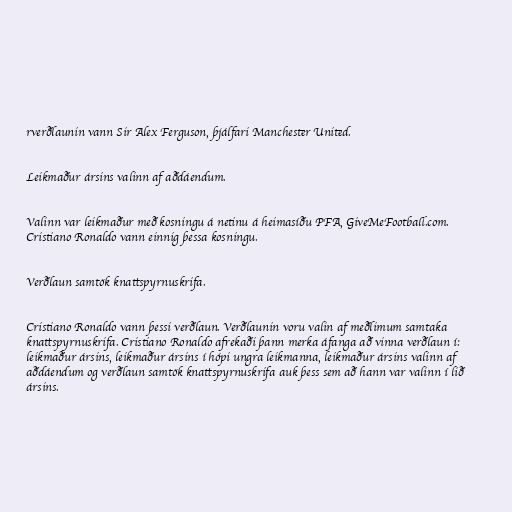
rverðlaunin vann Sir Alex Ferguson, þjálfari Manchester United.

Leikmaður ársins valinn af aðdáendum.

Valinn var leikmaður með kosningu á netinu á heimasíðu PFA, GiveMeFootball.com.
Cristiano Ronaldo vann einnig þessa kosningu.

Verðlaun samtök knattspyrnuskrifa.

Cristiano Ronaldo vann þessi verðlaun. Verðlaunin voru valin af meðlimum samtaka
knattspyrnuskrifa. Cristiano Ronaldo afrekaði þann merka áfanga að vinna verðlaun í:
leikmaður ársins, leikmaður ársins í hópi ungra leikmanna, leikmaður ársins valinn af
aðdáendum og verðlaun samtök knattspyrnuskrifa auk þess sem að hann var valinn í lið
ársins.